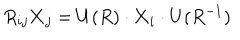
LaTeX: R _ { i j } { \bf X } _ { j } = U ( R ) \cdot { \bf X } _ { i } \cdot U ( R ^ { - 1 } )